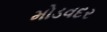
મોડવદર